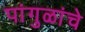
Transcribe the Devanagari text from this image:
पांगुळांचे